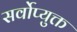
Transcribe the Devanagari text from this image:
सर्वोप्युक्त